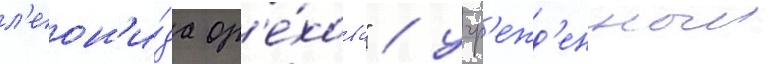
л'еон'и́да ор'е́хова" / учр'ежд'енныи